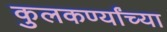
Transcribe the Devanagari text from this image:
कुलकर्ण्यांच्या